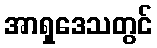
အာရှဒေသတွင်